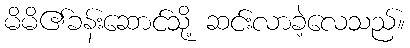
မိမိ၏ခန်းဆောင်သို့ ဆင်းလာခဲ့လေသည်။